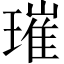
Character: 璀